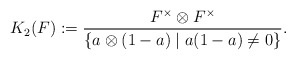
\begin{align*}K_{2}(F) := \dfrac{F^{\times} \otimes F^{\times}}{ \{ a \otimes (1-a) \mid a(1-a) \neq 0 \} }.\end{align*}